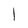
Character: l